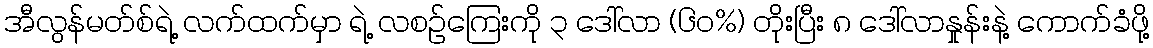
အီလွန်မတ်စ်ရဲ့ လက်ထက်မှာ ရဲ့ လစဉ်ကြေးကို ၃ ဒေါ်လာ (၆၀%) တိုးပြီး ၈ ဒေါ်လာနှုန်းနဲ့ ကောက်ခံဖို့